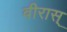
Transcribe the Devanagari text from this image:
वीरास्